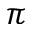
\pi